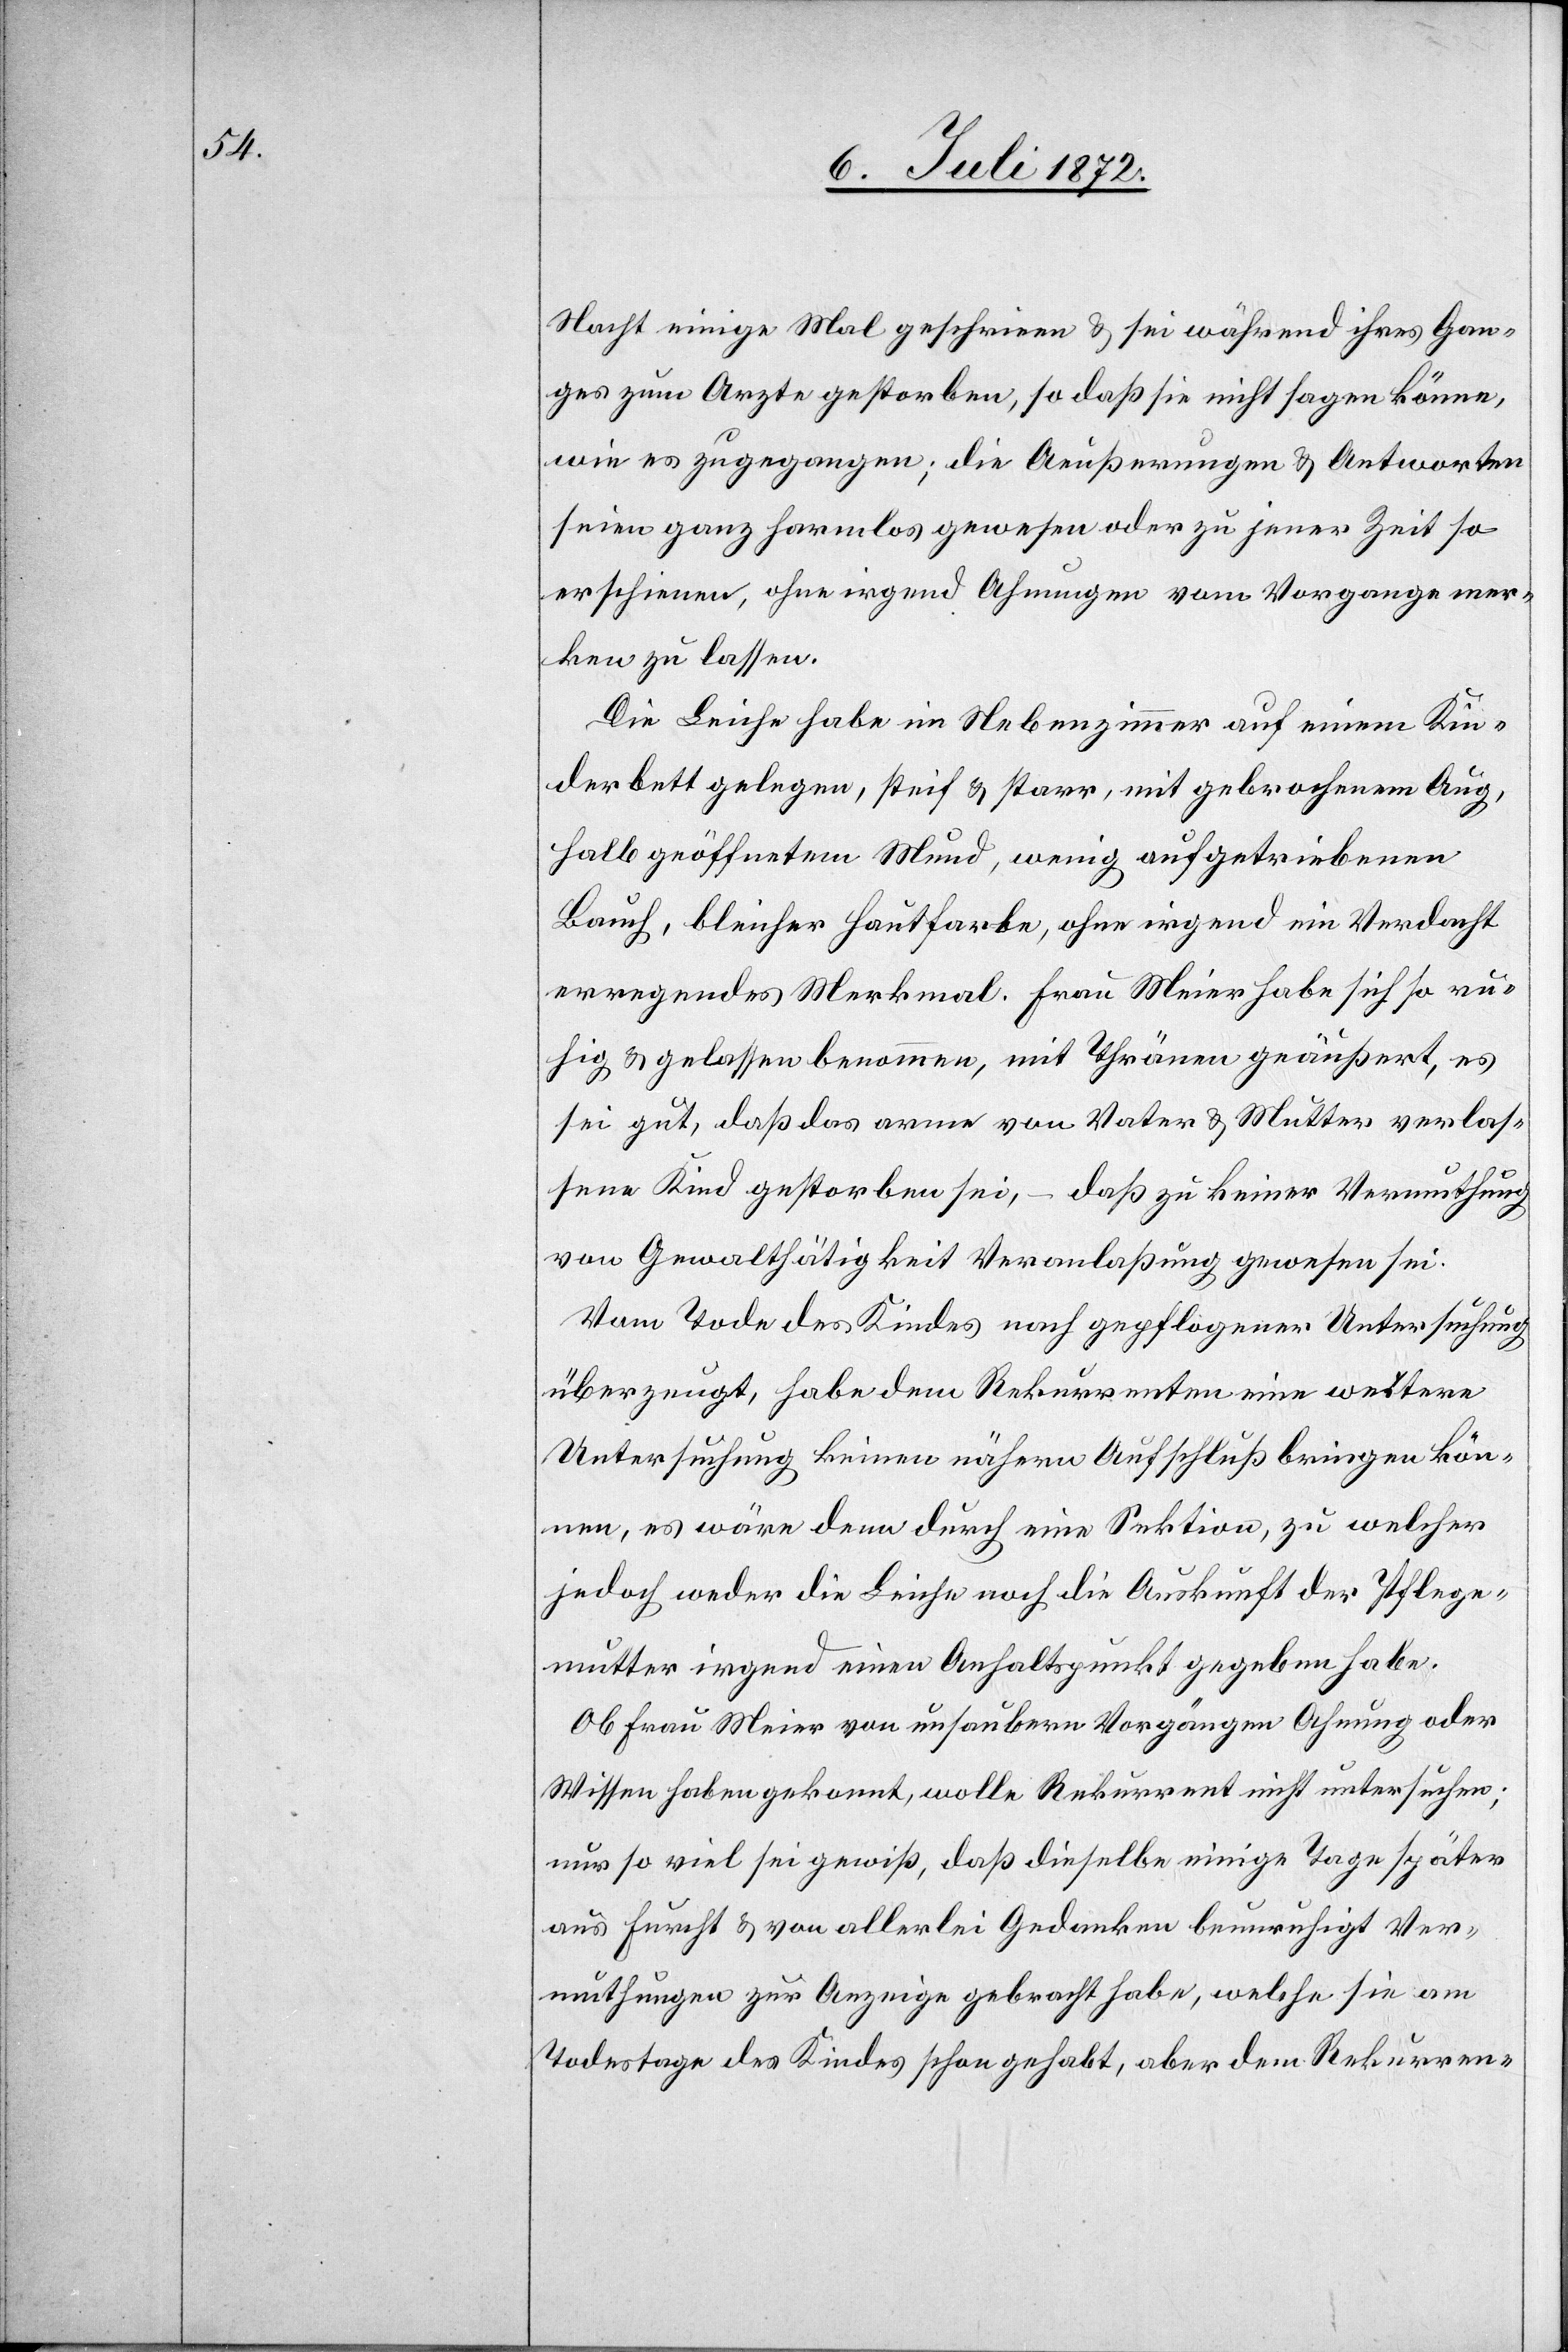
Nacht einige Mal geschrieen [sic!] u. sei während ihres Gan¬
ges zum Arzte gestorben, so daß sie nicht sagen könne,
wie es zugegangen; die Aeußerungen u. Antworten
seien ganz formlos gewesen oder zu jener Zeit so
erschienen, ohne irgend Ahnungen vom Vorgange mer¬
ken zu lassen.
Die Leiche habe im Nebenzimmer auf einem Kin¬
derbett gelegen, steif u. starr, mit gebrochenem Aug,
halb geöffnetem Mund, wenig aufgetriebenen
Bauch, bleicher Hautfarbe, ohne irgend ein Verdacht
erregendes Merkmal. Frau Meier habe sich so ru¬
hig u. gelassen benommen, mit Thränen geäußert, es
sei gut, daß das arme von Vater u. Mutter verlas¬
sene Kind gestorben sei, – daß zu keiner Vermuthung
von Gewal[t]thätigkeit Veranlaßung gewesen sei.
Vom Tode des Kindes nach gepflogener Untersuchung
überzeugt, habe dem Rekurrenten eine weitere
Untersuchung keinen nähern Aufschluß bringen kön¬
nen, es wäre denn durch eine Sektion, zu welcher
jedoch weder die Leiche noch die Auskunft der Pflege¬
mutter irgend einen Anhaltspunkt gegeben habe.
Ob Frau Meier von unsaubern Vorgängen Ahnung oder
Wissen haben gekonnt, wolle Rekurrent nicht untersuchen;
nur so viel sei gewiß, daß dieselbe einige Tage später
aus Furcht u. von allerlei Gedanken beunruhigt Ver¬
muthungen zur Anzeige gebracht habe, welche sie am
Todestage des Kindes schon gehabt, aber dem Rekurren-